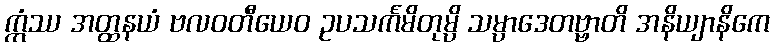
ဣံဿ အတ္ထနယံ ဗလဝတီယေဝ ဥပသင်္ကမိတုမ္ပိ သမ္ပာဒေတဗ္ဗာတိ အနိယျာနိကေ